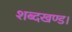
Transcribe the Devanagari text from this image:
शब्दखण्ड।